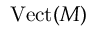
{ \mathrm { V e c t } } ( M )